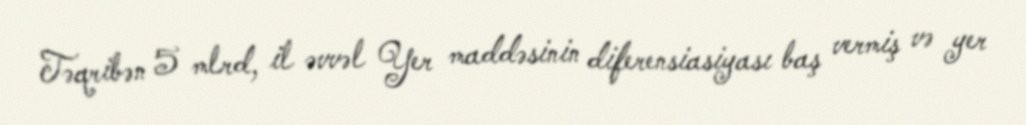
Təqribən 5 mlrd, il əvvəl Yer maddəsinin diferensiasiyası baş vermiş və yer